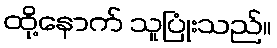
ထို့နောက် သူပြုံးသည်။